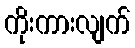
ကိုးကားလျက်